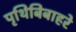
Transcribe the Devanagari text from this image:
पृथिबिबाहरे